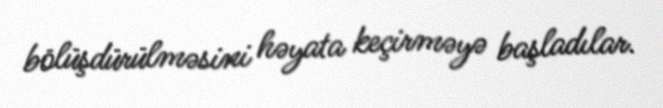
bölüşdürülməsini həyata keçirməyə başladılar.